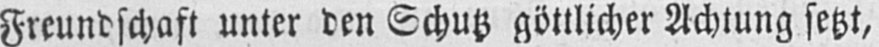
Freundschaft unter den Schutz göttlicher Achtung setzt,